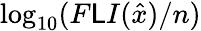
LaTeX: \log_{{10}}(F\mathsf{L}I(\hat{{{x}}})/n)